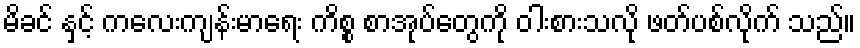
မိခင် နှင့် ကလေးကျန်းမာရေး ကိစ္စ စာအုပ်တွေကို ဝါးစားသလို ဖတ်ပစ်လိုက် သည်။